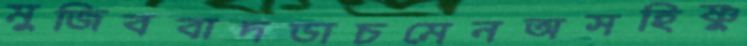
মুজিববাদডাচমেনঅসহিষ্ণু